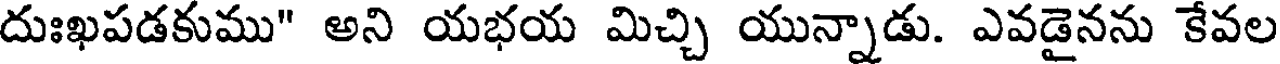
దుఃఖపడకుము" అని యభయ మిచ్చి యున్నాడు. ఎవడైనను కేవల